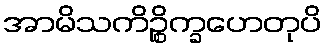
အာမိသကိဉ္စိက္ခဟေတုပိ